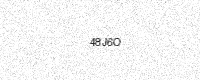
Text: 48J6O